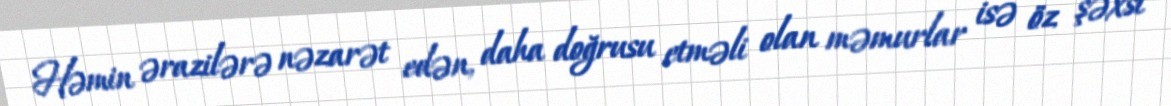
Həmin ərazilərə nəzarət edən, daha doğrusu etməli olan məmurlar isə öz şəxsi